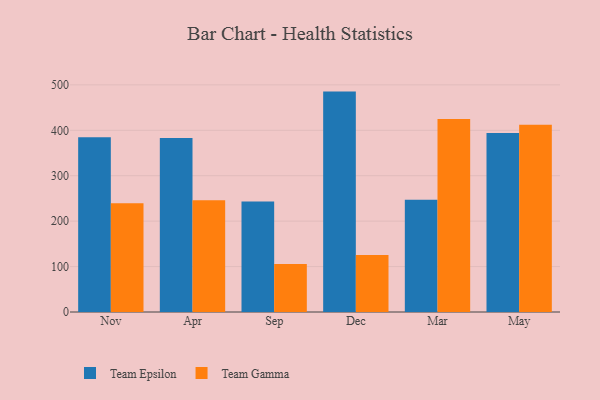
{"axis": {"x": "Month", "y": "Inventory Turnover"}, "legend": ["Team Epsilon", "Team Gamma"], "data": [{"x": "Nov", "y": 384.8, "type": "Team Epsilon"}, {"x": "Nov", "y": 239.6, "type": "Team Gamma"}, {"x": "Apr", "y": 382.8, "type": "Team Epsilon"}, {"x": "Apr", "y": 246.1, "type": "Team Gamma"}, {"x": "Sep", "y": 243.3, "type": "Team Epsilon"}, {"x": "Sep", "y": 105.8, "type": "Team Gamma"}, {"x": "Dec", "y": 485.2, "type": "Team Epsilon"}, {"x": "Dec", "y": 125.3, "type": "Team Gamma"}, {"x": "Mar", "y": 247.0, "type": "Team Epsilon"}, {"x": "Mar", "y": 424.7, "type": "Team Gamma"}, {"x": "May", "y": 394.3, "type": "Team Epsilon"}, {"x": "May", "y": 412.0, "type": "Team Gamma"}]}